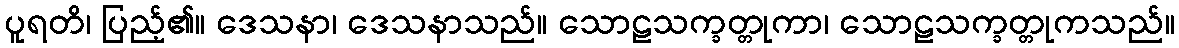
ပူရတိ၊ ပြည့်၏။ ဒေသနာ၊ ဒေသနာသည်။ သောဠသက္ခတ္တုကာ၊ သောဠသက္ခတ္တုကသည်။